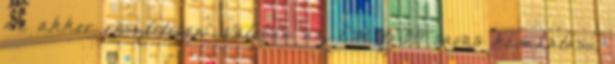
De akkor részletesen: Valóban az EM BIO savas kémhatású,